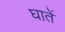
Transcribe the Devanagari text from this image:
घातें